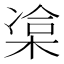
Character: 𣓫